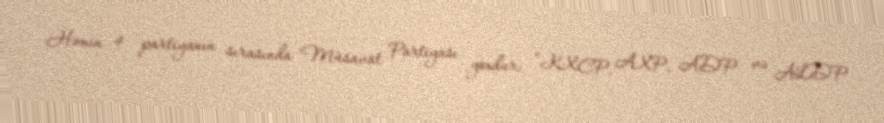
Həmin 4 partiyanın sırasında Müsavat Partiyası yoxdur: “KXCP, AXP, ADP və ALDP